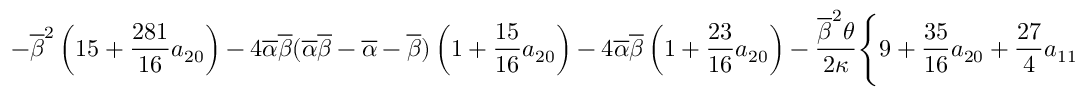
\displaystyle { - \overline { { \beta } } ^ { 2 } \left( 1 5 + \frac { 2 8 1 } { 1 6 } a _ { 2 0 } \right) - 4 \overline { { \alpha } } \overline { { \beta } } ( \overline { { \alpha } } \overline { { \beta } } - \overline { { \alpha } } - \overline { { \beta } } ) \left( 1 + \frac { 1 5 } { 1 6 } a _ { 2 0 } \right) - 4 \overline { { \alpha } } \overline { { \beta } } \left( 1 + \frac { 2 3 } { 1 6 } a _ { 2 0 } \right) - \frac { \overline { { \beta } } ^ { 2 } \theta } { 2 \kappa } \Bigg \{ 9 + \frac { 3 5 } { 1 6 } a _ { 2 0 } + \frac { 2 7 } { 4 } a _ { 1 1 } }